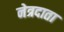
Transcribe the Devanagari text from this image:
नेत्रदाता